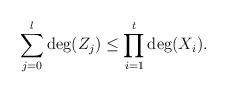
LaTeX: \begin{align*} \sum_{j=0}^{l}\deg(Z_{j})\le \prod_{i=1}^{t}\deg(X_{i}).\end{align*}